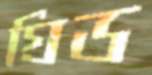
গ্রিড